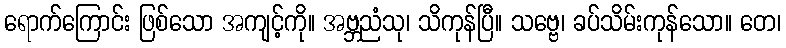
ရောက်ကြောင်း ဖြစ်သော အကျင့်ကို။ အဗ္ဘညံသု၊ သိကုန်ပြီ။ သဗ္ဗေ၊ ခပ်သိမ်းကုန်သော။ တေ၊